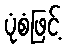
ပုံစံဖြင့်